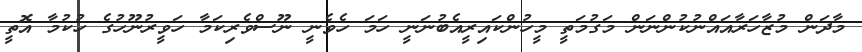
މާދަން މުޒާހަރާއައްނުކުންނަން މަގުމަތީ މީހުންކައިރީއެބުނަނީ ހަމަ ހެވެނީ ނޫސްވެރިކަމާ ހަވީރުނޫހުގެ ހުކުމާ އޮތީ